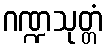
ဂဏ္ဍသုတ္တံ